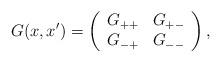
LaTeX: \begin{align*}G(x,x') = \left(\begin{array}{cc}G_{++} & G_{+-} \\G_{-+} & G_{--}\end{array}\right),\end{align*}